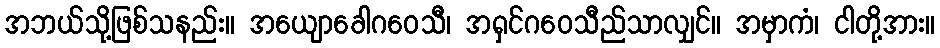
အဘယ်သို့ဖြစ်သနည်း။ အယျောခေါဂဝေသီ၊ အရှင်ဂဝေသီည်သာလျှင်။ အမှာကံ၊ ငါတို့အား။